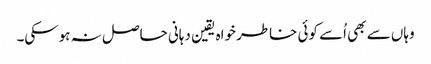
وہاں سے بھی اُسے کوئی خاطر خواہ یقین دہانی حاصل نہ ہوسکی۔